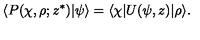
\langle P ( \chi , \rho ; z ^ { \ast } ) | \psi \rangle = \langle \chi | U ( \psi , z ) | \rho \rangle .